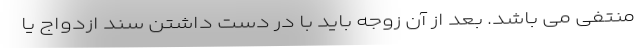
منتفی می باشد. بعد از آن زوجه باید با در دست داشتن سند ازدواج یا